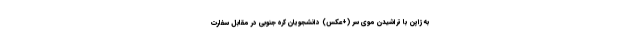
به ژاپن با تراشیدن موی سر (+عکس) دانشجویان کره جنوبی در مقابل سفارت